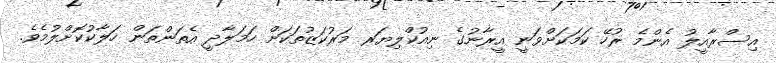
އިސްރާއީލު އެންމެ ރުހޭ ކަމަކަށްވަނީ އީރާނުގެ ނިއުކްލިޔަރ މަރުކަޒުތަކަށް ހަމަލާދީ އެތަންތަން ހަލާކުކޮށްލުމެވެ.